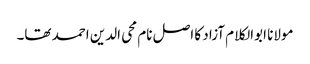
مولانا ابوالکلام آزاد کا اصل نام محی الدین احمد تھا۔